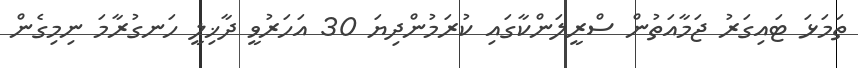
ތަމަޅަ ޓައިގަރު ޖަމާއަތުން ސްރީލަންކާގައި ކުރަމުންދިޔަ 30 އަހަރުވީ ދާޚިލީ ހަނގުރާމަ ނިމިގެން